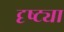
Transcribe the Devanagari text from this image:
दृष्‍ट्या